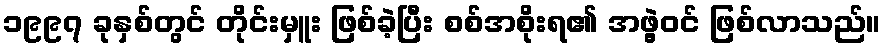
၁၉၉၇ ခုနှစ်တွင် တိုင်းမှူး ဖြစ်ခဲ့ပြီး စစ်အစိုးရ၏ အဖွဲ့ဝင် ဖြစ်လာသည်။